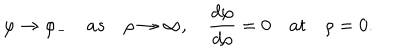
LaTeX: \varphi \to \varphi _ { - } \quad a s \quad \rho \to \infty , \quad { \frac { d \varphi } { d \rho } } = 0 \quad a t \quad \rho = 0 .